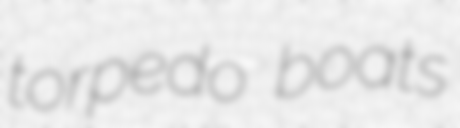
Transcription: torpedo boats